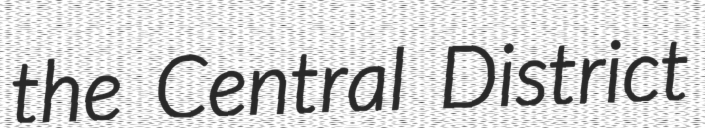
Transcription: the Central District